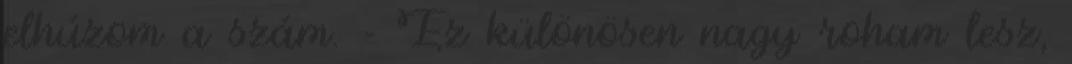
elhúzom a szám. - Ez különösen nagy roham lesz,